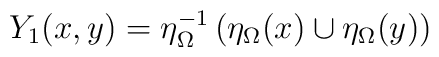
Y_1(x,y) =    \eta_\Omega^{-1}\left(\eta_\Omega(x)\cup \eta_\Omega(y)\right)